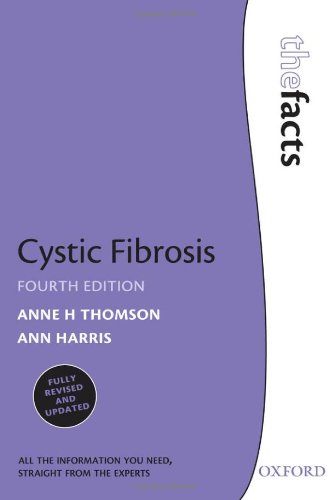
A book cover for Cystic Fibrosis (Facts); Ann Harris; Health, Fitness & Dieting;